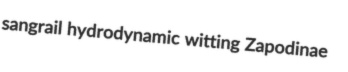
sangrail hydrodynamic witting Zapodinae